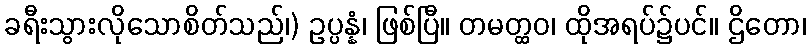
ခရီးသွားလိုသောစိတ်သည်၊) ဥပ္ပန္နံ၊ ဖြစ်ပြီ။ တမတ္ထဝ၊ ထိုအရပ်၌ပင်။ ဌိတော၊